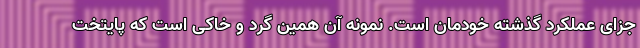
جزای عملکرد گذشته خودمان است. نمونه آن همین گرد و خاکی است که پایتخت